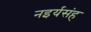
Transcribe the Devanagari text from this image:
नइर्यसंह